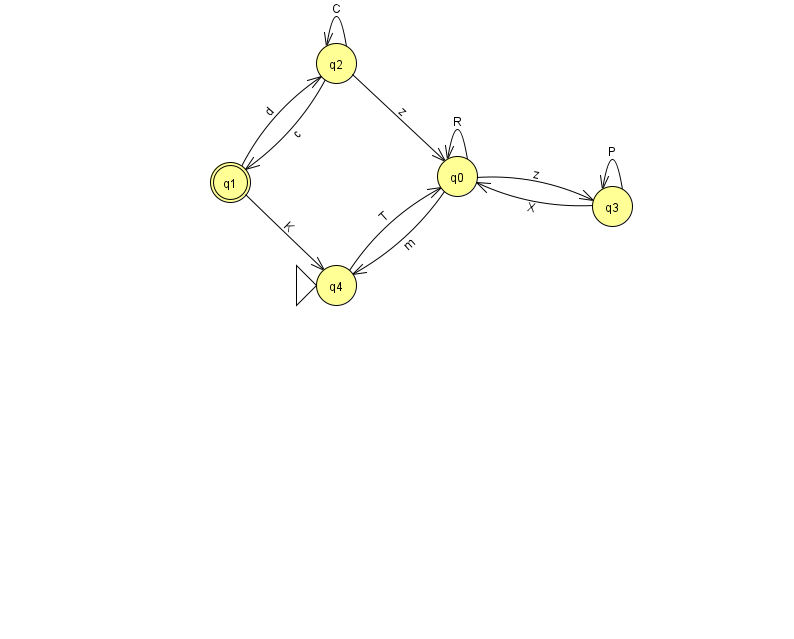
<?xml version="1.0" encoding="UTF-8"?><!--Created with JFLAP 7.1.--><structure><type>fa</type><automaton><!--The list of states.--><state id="0" name="q0"><x>457.0</x><y>163.0</y></state><state id="1" name="q1"><x>230.0</x><y>169.0</y><final/></state><state id="2" name="q2"><x>336.0</x><y>50.0</y></state><state id="3" name="q3"><x>612.0</x><y>193.0</y></state><state id="4" name="q4"><x>336.0</x><y>272.0</y><initial/></state><!--The list of transitions.--><transition><from>0</from><to>3</to><read>z</read></transition><transition><from>3</from><to>3</to><read>P</read></transition><transition><from>1</from><to>4</to><read>K</read></transition><transition><from>4</from><to>0</to><read>T</read></transition><transition><from>0</from><to>0</to><read>R</read></transition><transition><from>3</from><to>0</to><read>X</read></transition><transition><from>2</from><to>2</to><read>C</read></transition><transition><from>0</from><to>4</to><read>m</read></transition><transition><from>1</from><to>2</to><read>d</read></transition><transition><from>2</from><to>0</to><read>z</read></transition><transition><from>2</from><to>1</to><read>c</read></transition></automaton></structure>